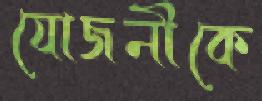
যোজনীকে